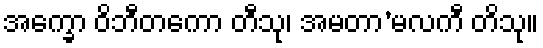
အက္ခော ဝိဘီတကော တီသု၊ အမတာ’မလကီ တိသု။